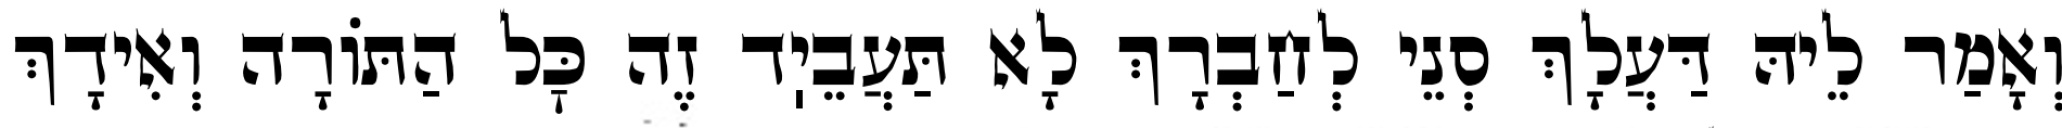
וְאָמַר לֵיהּ דַּעֲלָךְ סְנֵי לְחַבְרָךְ לָא תַּעֲבֵיֽד זֶה כׇּל הַתּוֹרָה וְאִידָךְ